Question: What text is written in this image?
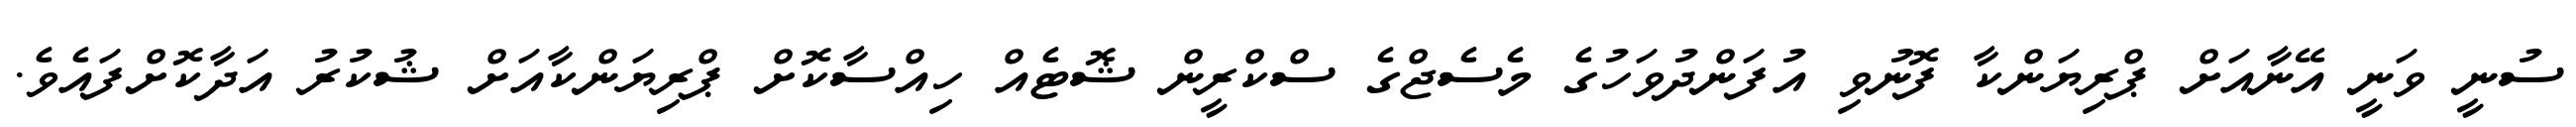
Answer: ސުނީ ވަނީ އޭނާއަށް ޕްރިޔަންކާ ފޮނުވި އުފަންދުވަހުގެ މެސެޖްގެ ސްކްރީން ޝޮޓެއް ހިއްސާކޮށް ޕްރިޔަންކާއަށް ޝުކުރު އަދާކޮށްފައެވެ.